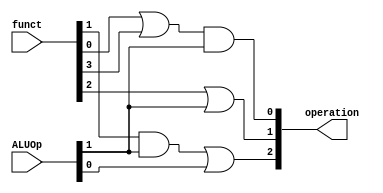
module AluControl(funct, ALUOp, operation);
  
  input [5:0] funct;
  input [1:0] ALUOp;
  
  output [2:0] operation;
  
  wire outO0;
  wire outO1;
  wire outO2;
  wire outA0;
  wire outA1;
  
  or O0(outO0, funct[0], funct[3]);
  
  and A0(outA0, outO0, ALUOp[1]);
  and A1(outA1, funct[1], ALUOp[1]);
  
  or O1(outO1, funct[2], ALUOp[1]);
  or O2(outO2, outA1, ALUOp[0]);
  
  assign operation[0] = outA0;
  assign operation[1] = outO1;
  assign operation[2] = outO2;
  
endmodule